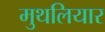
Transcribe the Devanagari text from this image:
मुथलियार